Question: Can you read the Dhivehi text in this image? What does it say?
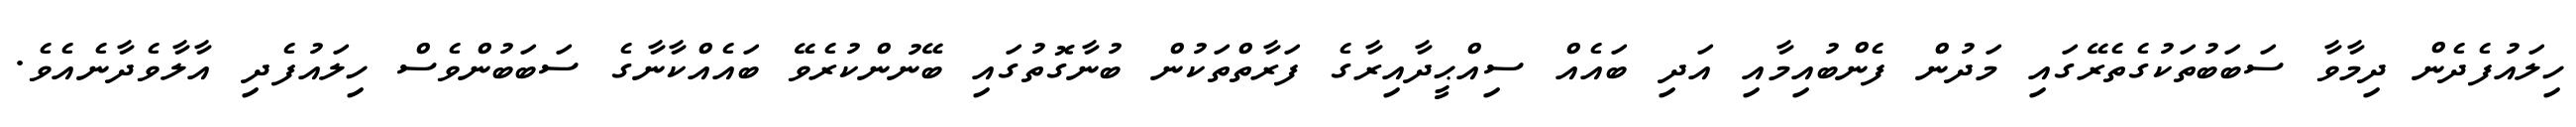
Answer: ހިލައުފެދެން ދިމާވާ ސަބަބުތަކުގެތެރޭގައި މަދުން ފެންބުއިމާއި އަދި ބައެއް ސިއްޙީދާއިރާގެ ފަރާތްތަކުން ބުނާގޮތުގައި ބޭނުންކުރެވޭ ބައެއްކާނާގެ ސަބަބުންވެސް ހިލައުފެދި އާލާވެދާނެއެވެ.